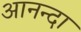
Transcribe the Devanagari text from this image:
आनन्दा